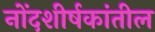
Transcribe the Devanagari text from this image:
नोंदशीर्षकांतील